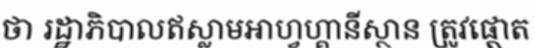
ថា រដ្ឋាភិបាលឥស្លាមអាហ្វហ្គានីស្ថាន ត្រូវផ្តោត